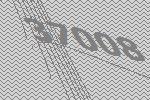
37008